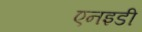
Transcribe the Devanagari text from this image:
एनइडी